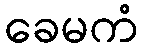
ခေမကံ